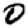
Digit: 0